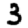
Digit: 3